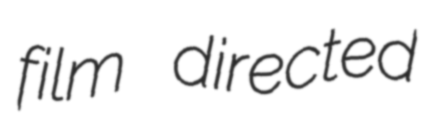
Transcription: film directed